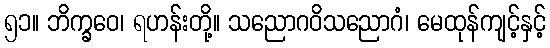
၅၁။ ဘိက္ခဝေ၊ ရဟန်းတို့။ သညောဂဝိသညောဂံ၊ မေထုန်ကျင့်နှင့်